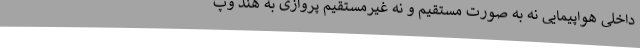
داخلی هواپیمایی نه به صورت مستقیم و نه غیرمستقیم پروازی به هند وپ